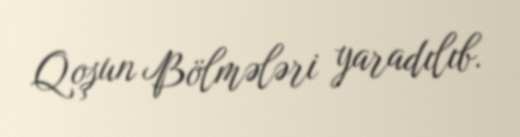
Qoşun Bölmələri yaradılıb.